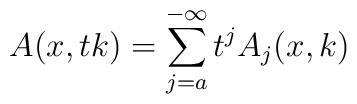
A(x,tk) = \sum_{j=a}^{-\infty} t^j A_j(x,k)